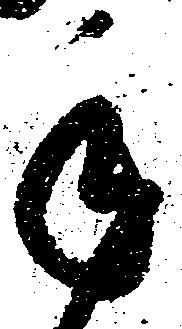
手